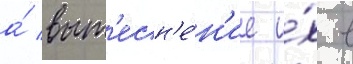
а́ выт'есн'е́н'ие и́х в